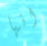
انها